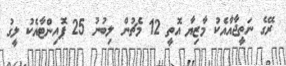
ރޭގެ ނަތީޖާއާއެކު މާޒިޔާ އޮތީ 12 މެޗުން ލިބުނު 25 ޕޮއިންޓާއެކު ލީގު